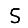
Digit: 5